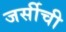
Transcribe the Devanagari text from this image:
जर्सीची